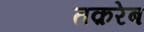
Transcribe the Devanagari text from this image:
तक़रेब